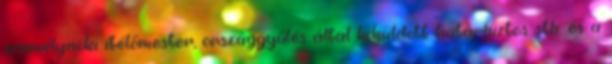
személynöki ítélőmester, országgyűlés által kiküldött határbiztos stb. és a